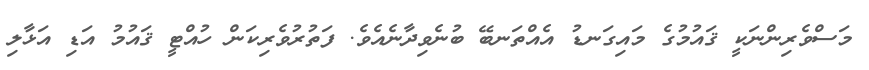
މަސްވެރިންނަކީ ޤައުމުގެ މައިގަނޑު އެއްތަނބޭ ބުނެވިދާނެއެވެ. ފަތުރުވެރިކަން ހުއްޓީ ޤައުމު އަޑި އަޅާލި